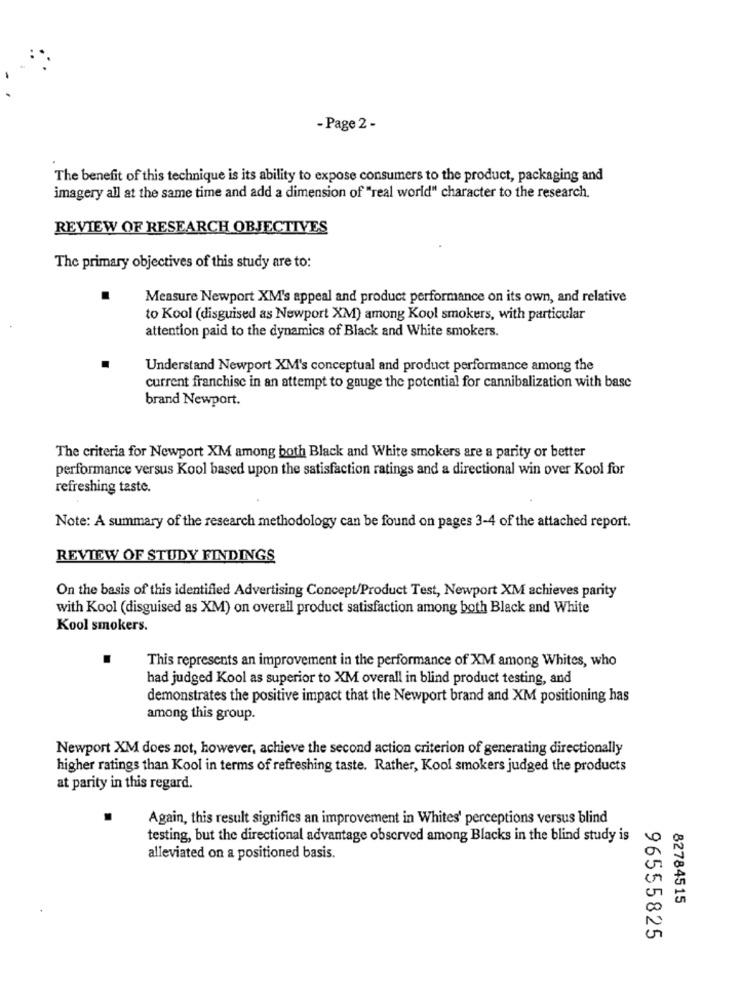
- Page 2 -
The benefit of this technique is its ability to expose consumers to the product, packaging and
imagery all at the same time and add a dimension of "real world" character to the research.
REVIEW OF RESEARCH OBJECTIVES
The primary objectives of this study are to:
Measure Newport XM's appeal and product performance on its own, and relative
to Kool (disguised as Newport XM) among Kool smokers, with particular
attention paid to the dynamics of Black and White smokers.
Understand Newport XM's conceptual and product performance among the
current franchise in an attempt to gauge the potential for cannibalization with base
brand Newport.
The criteria for Newport XM among both Black and White smokers are a parity or better
performance versus Kool based upon the satisfaction ratings and a directional win over Kool for
refreshing taste.
Note: A summary of the research methodology can be found on pages 3-4 of the attached report.
REVIEW OF STUDY FINDINGS
On the basis of this identified Advertising Concept/Product Test, Newport XM achieves parity
with Kool (disguised as XM) on overall product satisfaction among both Black and White
Kool smokers.
.
This represents an improvement in the performance of XM among Whites, who
had judged Kool as superior to XM overall in blind product testing, and
demonstrates the positive impact that the Newport brand and XM positioning has
among this group.
Newport XM does not, however, achieve the second action criterion of generating directionally
higher ratings than Kool in terms of refreshing taste. Rather, Kool smokers judged the products
at parity in this regard.
Again, this result signifies an improvement in Whites' perceptions versus blind
testing, but the directional advantage observed among Blacks in the blind study is
alleviated on a positioned basis.
82784515
96555825